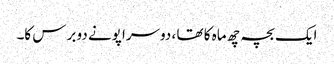
ایک بچہ چھ ماہ کا تھا ، دوسرا پونے دو برس کا۔